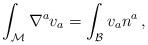
LaTeX: \begin{align*}\int_{\mathcal M} \nabla^a v_a = \int_{\mathcal B} v_a n^a \, ,\end{align*}